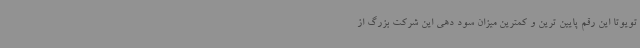
تویوتا این رقم پایین ترین و کمترین میزان سود دهی این شرکت بزرگ از